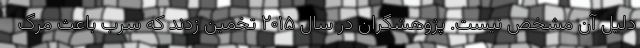
دلیل آن مشخص نیست. پژوهشگران در سال ۲۰۱۵ تخمین زدند که سرب باعث مرگ